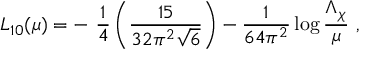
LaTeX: L _ { 1 0 } ( \mu ) = - \ \frac { 1 } { 4 } \left( \frac { 1 5 } { 3 2 \pi ^ { 2 } \sqrt { 6 } } \right) - \frac { 1 } { 6 4 \pi ^ { 2 } } \log \frac { \Lambda _ { \chi } } { \mu } \ ,